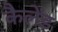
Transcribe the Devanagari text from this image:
कैलेंड